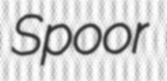
Spoor